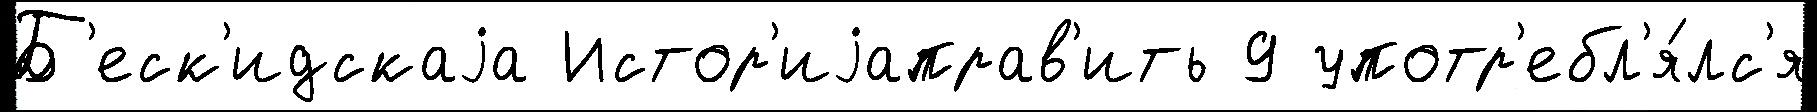
Б'еск'идскаjа Истор'иjаправ'ить 9 употр'ебл'я́лс'я